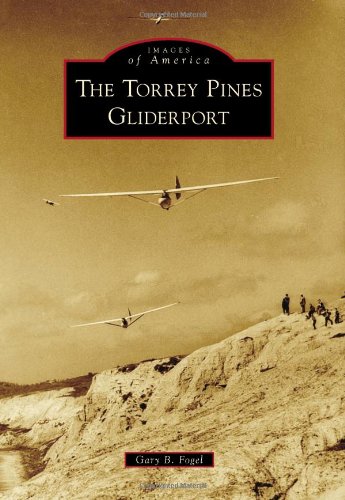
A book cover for Torrey Pines Gliderport, The (Images of America); Gary B. Fogel; Arts & Photography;